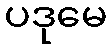
ပဒုမေ